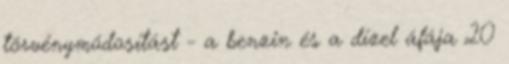
törvénymódosítást - a benzin és a dízel áfája 20